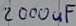
Text: 2000uF